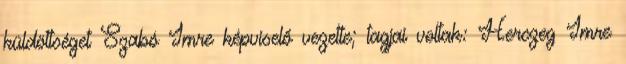
küldöttséget Szabó Imre képviselő vezette; tagjai voltak: Herczeg Imre